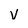
Character: v